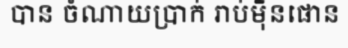
បាន ចំណាយប្រាក់ រាប់ម៉ឺនផោន